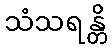
သံသရန္တိ